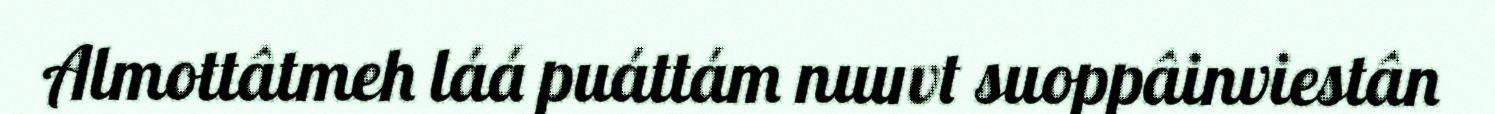
Almottâtmeh láá puáttám nuuvt suoppâinviestân